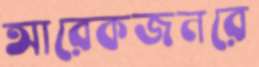
আরেকজনরে